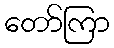
တော်ကြာ